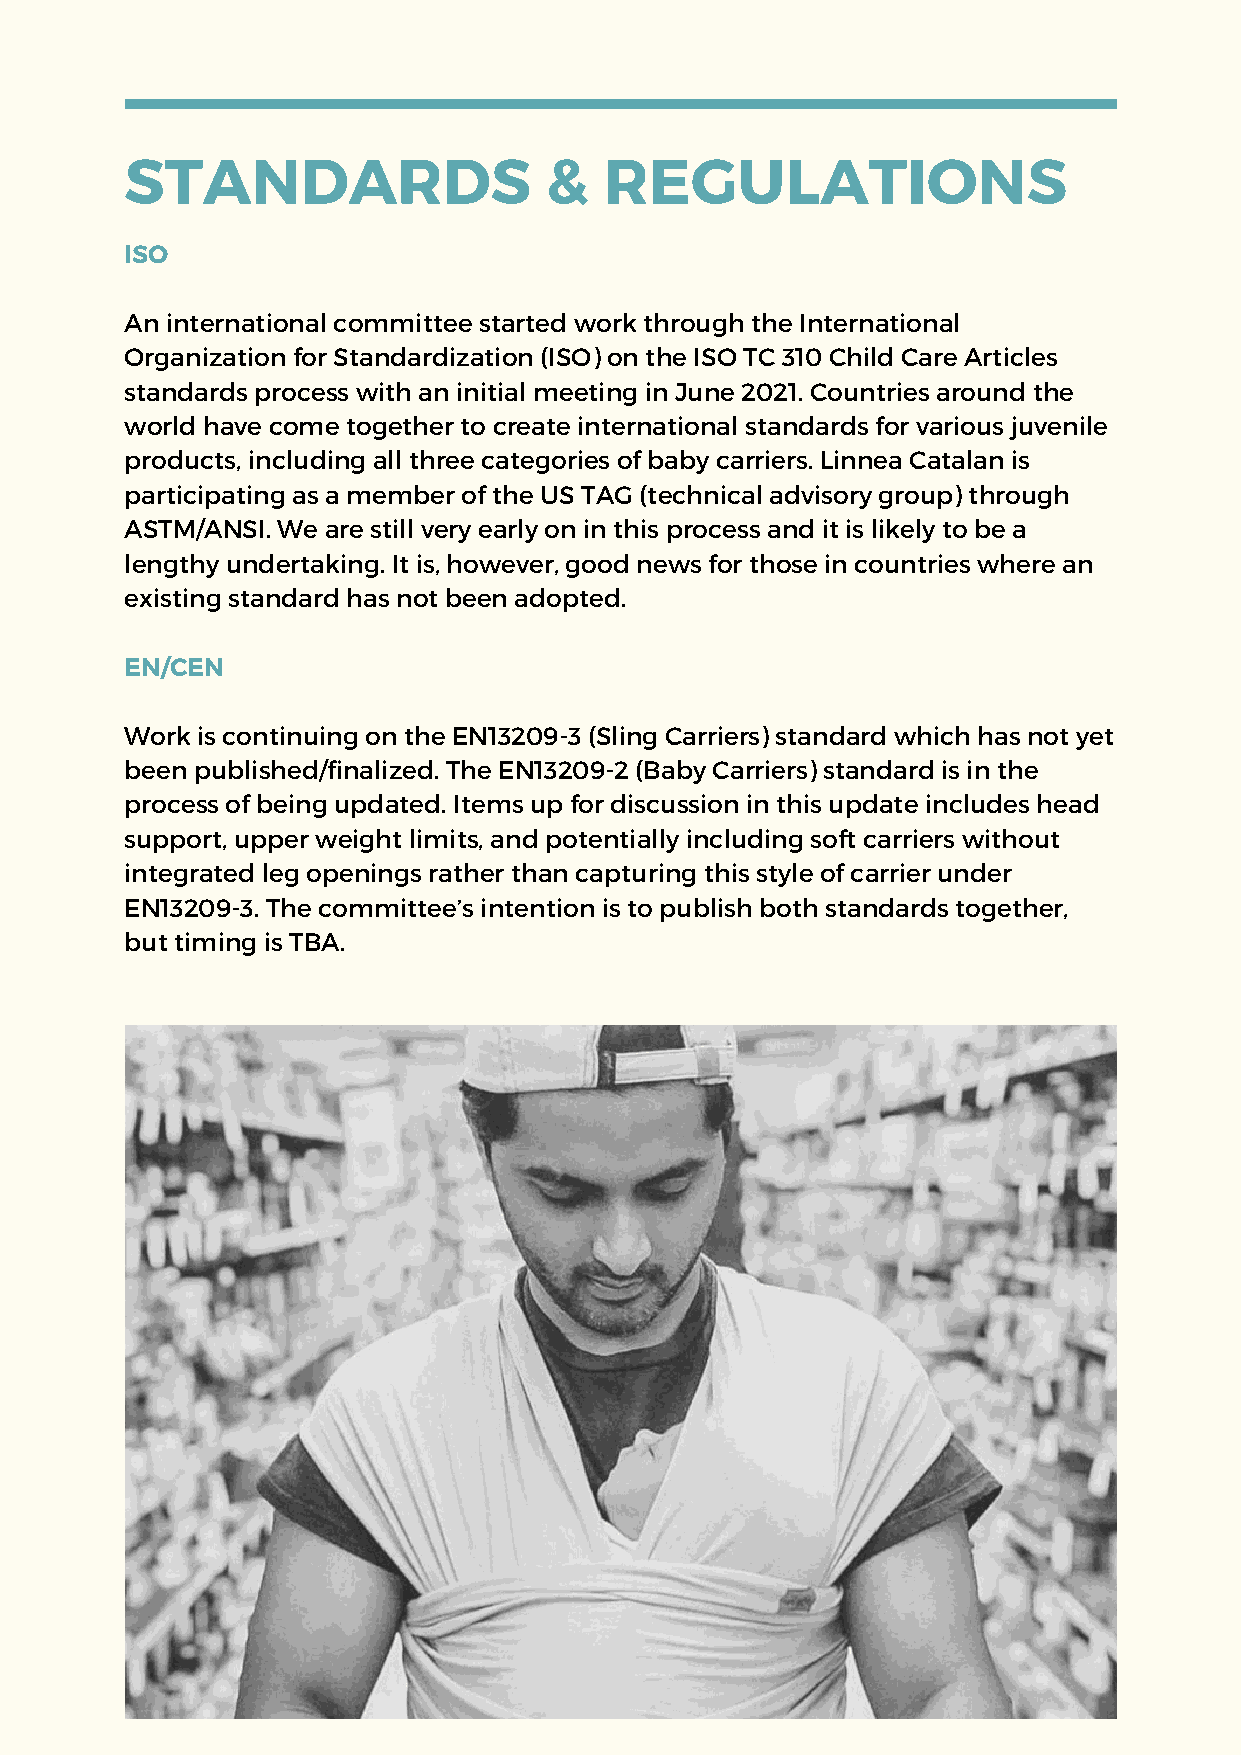
STANDARDS                   &   REGULATIONS
 ISO
 An international committee started work through the International
 Organization for Standardization (ISO) on the ISO TC 310 Child Care Articles
 standards process with an initial meeting in June 2021. Countries around the
 world have come together to create international standards for various juvenile
 products, including all three categories of baby carriers. Linnea Catalan is
 participating as a member of the US TAG (technical advisory group) through
 ASTM/ANSI. We are still very early on in this process and it is likely to be a
 lengthy undertaking. It is, however, good news for those in countries where an
 existing standard has not been adopted.
 EN/CEN
 Work is continuing on the EN13209-3 (Sling Carriers) standard which has not yet
 been published/finalized. The EN13209-2 (Baby Carriers) standard is in the
 process of being updated. Items up for discussion in this update includes head
 support, upper weight limits, and potentially including soft carriers without
 integrated leg openings rather than capturing this style of carrier under
 EN13209-3. The committee’s intention is to publish both standards together,
 but timing is TBA.